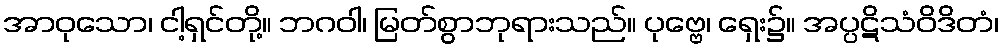
အာဝုသော၊ ငါ့ရှင်တို့။ ဘဂဝါ၊ မြတ်စွာဘုရားသည်။ ပုဗ္ဗေ၊ ရှေး၌။ အပ္ပဋိသံဝိဒိတံ၊